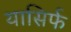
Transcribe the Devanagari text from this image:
यासिर्फ